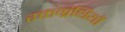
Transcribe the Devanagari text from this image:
रक्तग्रंथियों